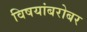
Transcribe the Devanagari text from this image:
विषयांबरोबर